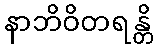
နာဘိဝိတရန္တိ